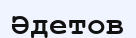
Әдетов